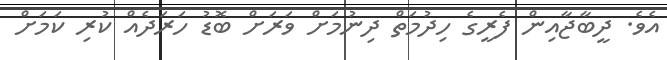
އެވެ. ދީބާޖާއިން ފެރީގެ ހިދުމަތް ދިނުމަށް ވަރަށް ބޮޑު ހަރަދެއް ކުރި ކަމަށް